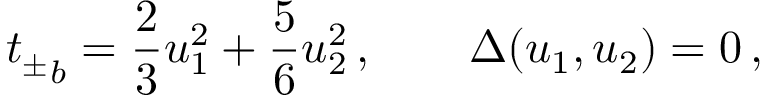
{ t _ { \pm } } _ { b } = \frac { 2 } { 3 } u _ { 1 } ^ { 2 } + \frac { 5 } { 6 } u _ { 2 } ^ { 2 } \, , \qquad \Delta ( u _ { 1 } , u _ { 2 } ) = 0 \, ,